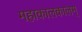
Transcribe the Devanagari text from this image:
महाकालकालम्